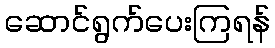
ဆောင်ရွက်ပေးကြရန်